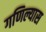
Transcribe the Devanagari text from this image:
गणिल्यास